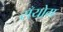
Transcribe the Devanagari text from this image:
सँयोग